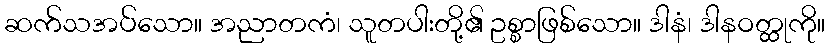
ဆက်သအပ်သော။ အညာတကံ၊ သူတပါးတို့၏ ဥစ္စာဖြစ်သော။ ဒါနံ၊ ဒါနဝတ္ထုကို။